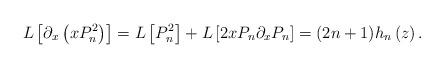
LaTeX: \begin{align*}L\left[ \partial_{x}\left( xP_{n}^{2}\right) \right] =L\left[ P_{n}^{2}\right] +L\left[ 2xP_{n}\partial_{x}P_{n}\right] =(2n+1) h_{n}\left(z\right) . \end{align*}